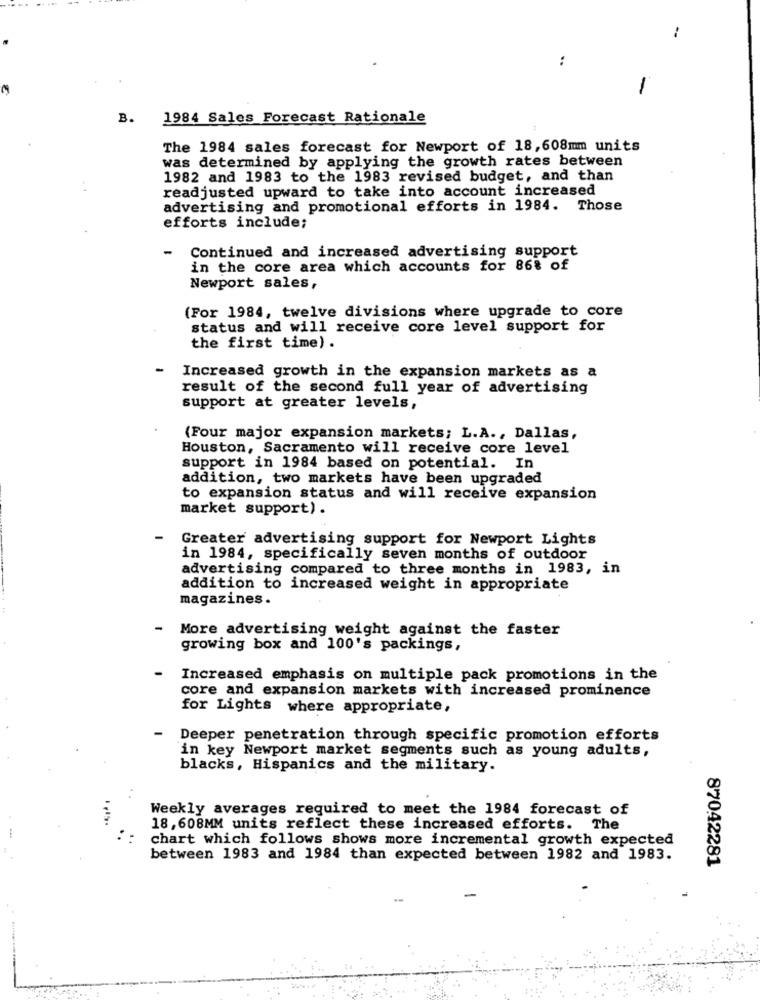
1
:
-
B.
1984 Sales Forecast Rationale
The 1984 sales forecast for Newport of 18,608mm units
was determined by applying the growth rates between
1982 and 1983 to the 1983 revised budget, and than
readjusted upward to take into account increased
advertising and promotional efforts in 1984. Those
efforts include;
-
Continued and increased advertising support
in the core area which accounts for 86% of
Newport sales,
(For 1984, twelve divisions where upgrade to core
status and will receive core level support for
the first time) .
Increased growth in the expansion markets as a
result of the second full year of advertising
support at greater levels,
(Four major expansion markets; L.A ., Dallas,
Houston, Sacramento will receive core level
support in 1984 based on potential. In
addition, two markets have been upgraded
to expansion status and will receive expansion
market support) .
Greater advertising support for Newport Lights
in 1984, specifically seven months of outdoor
advertising compared to three months in 1983, in
addition to increased weight in appropriate
magazines.
- More advertising weight against the faster
growing box and 100's packings,
Increased emphasis on multiple pack promotions in the
core and expansion markets with increased prominence
for Lights where appropriate,
Deeper penetration through specific promotion efforts
in key Newport market segments such as young adults,
blacks, Hispanics and the military.
Weekly averages required to meet the 1984 forecast of
18, 608MM units reflect these increased efforts. The
chart which follows shows more incremental growth expected
between 1983 and 1984 than expected between 1982 and 1983.
87042281